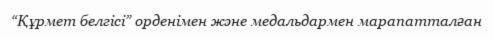
“Құрмет белгісі” орденімен және медальдармен марапатталған